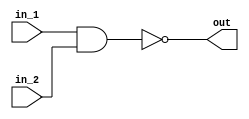
module NAND(in_1, in_2, out);
  input in_1, in_2;
  output out;

  assign out=!(in_1&in_2);
endmodule